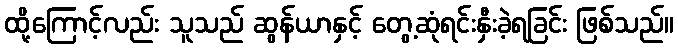
ထို့ကြောင့်လည်း သူသည် ဆွန်ယာနှင့် တွေ့ဆုံရင်းနှီးခဲ့ရခြင်း ဖြစ်သည်။